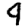
Digit: 9